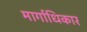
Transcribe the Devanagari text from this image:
मार्गाधिकार